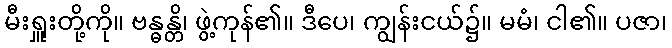
မီးရှူးတို့ကို။ ဗန္ဓန္တိ၊ ဖွဲ့ကုန်၏။ ဒီပေ၊ ကျွန်းငယ်၌။ မမံ၊ ငါ၏။ ပဇာ၊